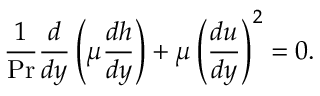
{ \frac { 1 } { \mathrm { P r } } } { \frac { d } { d y } } \left( \mu { \frac { d h } { d y } } \right) + \mu \left( { \frac { d u } { d y } } \right) ^ { 2 } = 0 .